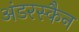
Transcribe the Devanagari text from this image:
अंडरस्कैन